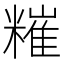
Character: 𥼂